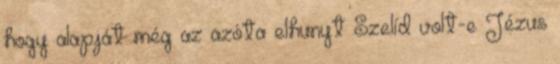
hogy alapját még az azóta elhunyt Szelíd volt-e Jézus